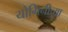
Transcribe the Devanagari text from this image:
योगिनीच्या